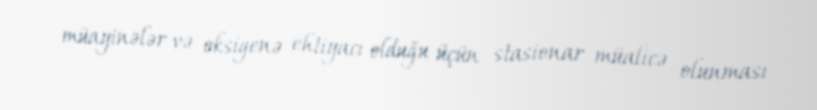
müayinələr və oksigenə ehtiyacı olduğu üçün stasionar müalicə olunması